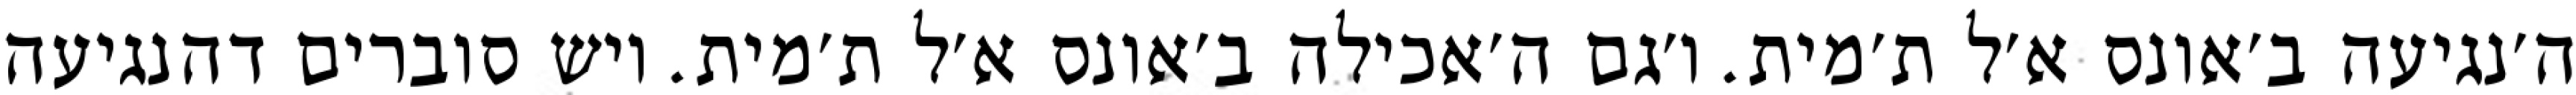
ה׳נגיעה ב׳אונס א׳ל ת׳מית. ו׳גם ה׳אכילה ב׳אונס א׳ל ת׳מית. ויש סוברים דהנגיעה